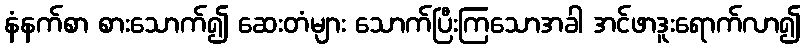
နံနက်စာ စားသောက်၍ ဆေးတံများ သောက်ပြီးကြသောအခါ အင်ဖာဒူးရောက်လာ၍